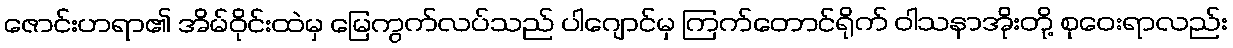
ဇောင်းဟရာ၏ အိမ်ဝိုင်းထဲမှ မြေကွက်လပ်သည် ပါဂျောင်မှ ကြက်တောင်ရိုက် ဝါသနာအိုးတို့ စုဝေးရာလည်း